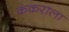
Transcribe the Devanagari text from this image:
कंकराला